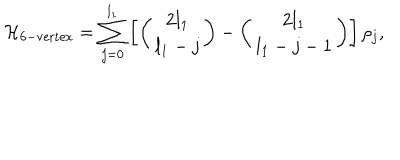
LaTeX: { \cal H } _ { \mathrm { 6 - v e r t e x } } = \sum _ { j = 0 } ^ { l _ { 1 } } \left[ \left( \begin{array} { c } { { 2 l _ { 1 } } } \\ { { l _ { 1 } - j } } \\ \end{array} \right) - \left( \begin{array} { c } { { 2 l _ { 1 } } } \\ { { l _ { 1 } - j - 1 } } \\ \end{array} \right) \right] \rho _ { j } ,